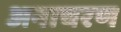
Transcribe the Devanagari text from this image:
अनाचरण